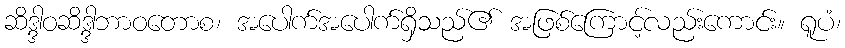
ဆိဒ္ဒါဝဆိဒ္ဒါဘာဝတောစ၊ အပေါက်အပေါက်ရှိသည်၏ အဖြစ်ကြောင့်လည်းကောင်း။ ရူပံ၊